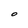
Character: O